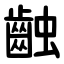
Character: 䶚